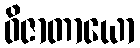
ဝိဇာတာယော